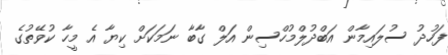
ފަހުދު ސުލައިމާން އަބްދުލްމުހްސިން އަލް ގާބާ ނަމަކަށް ކިޔާ އެ މީހާ ކުވޭތުގެ